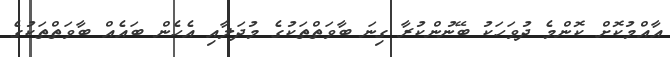
އާއްމުކޮށް ކޮންމެ ދުވަހަކު ބޭނުންކުރާ ގިނަ ބާވަތްތަކުގެ މުދަލާއި އެހެން ބައެއް ބާވަތްތަކުގެ